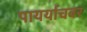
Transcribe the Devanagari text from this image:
पायर्याचवर